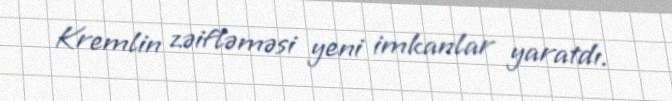
Kremlin zəifləməsi yeni imkanlar yaratdı.